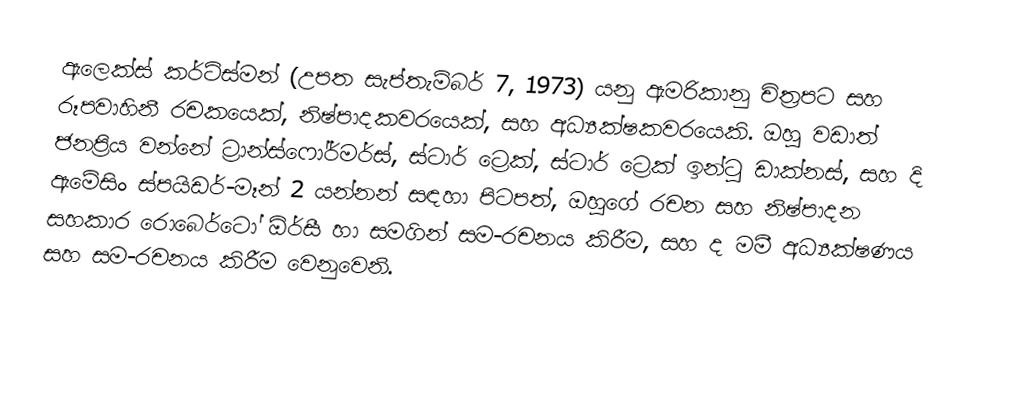
ඇලෙක්ස් කර්ට්ස්මන් (උපත සැප්තැම්බර් 7, 1973) යනු ඇමරිකානු චිත්‍රපට සහ රූපවාහිනී රචකයෙක්, නිෂ්පාදකවරයෙක්, සහ අධ්‍යක්ෂකවරයෙකි. ඔහු වඩාත් ජනප්‍රිය වන්නේ  ට්‍රාන්ස්ෆෝර්මර්ස්, ස්ටාර් ට්‍රෙක්, ස්ටාර් ට්‍රෙක් ඉන්ටු ඩාක්නස්, සහ දි ඇමේසිං ස්පයිඩර්-මෑන් 2 යන්නන් සඳහා පිටපත්, ඔහුගේ රචන සහ නිෂ්පාදන සහකාර  රොබෙර්ටෝ ඕර්සී හා සමගින් සම-රචනය කිරීම, සහ ද මමී අධ්‍යක්ෂණය සහ සම-රචනය කිරීම වෙනුවෙනි.